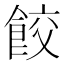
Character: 餃